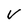
Character: V